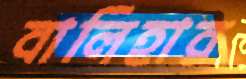
বালিহার